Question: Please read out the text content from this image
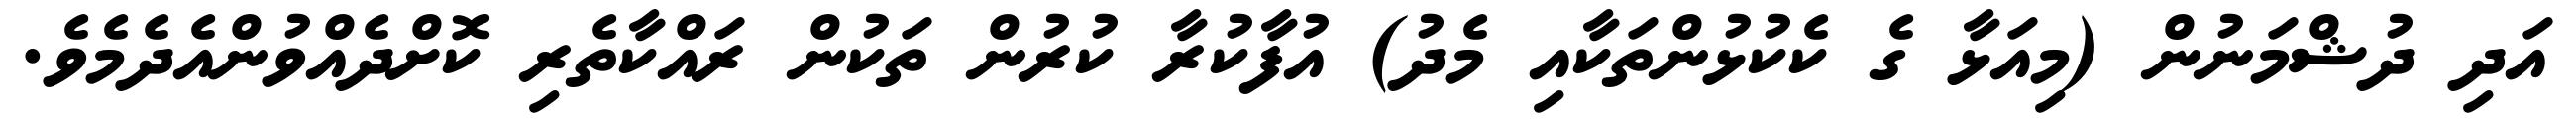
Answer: އަދި ދުޝްމަނުން (މިއަޅާ ގެ ކެކުޅުންތަކާއި މެދު) އުފާކުރާ ކުރުން ތަކުން ރައްކާތެރި ކޮށްދެއްވުންއެދެމެވެ.